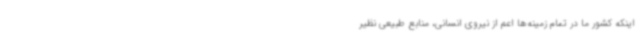
اینکه کشور ما در تمام زمینه‌ها اعم از نیروی انسانی، منابع طبیعی نظیر